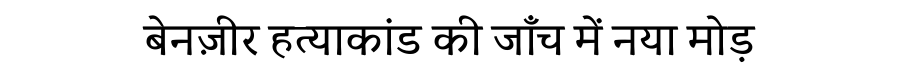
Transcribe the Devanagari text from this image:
बेनज़ीर हत्याकांड की जाँच में नया मोड़